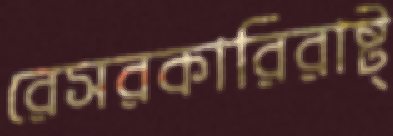
রেসরকারিরাষ্ট্